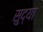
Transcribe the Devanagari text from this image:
सुद्या